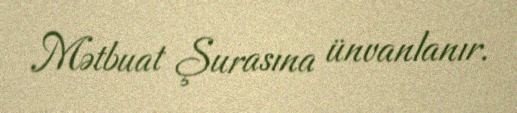
Mətbuat Şurasına ünvanlanır.